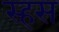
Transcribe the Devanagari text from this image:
स्हस